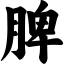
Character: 脾